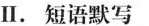
Ⅱ。短语默写